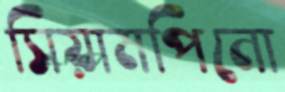
সিয়ামপিনো